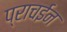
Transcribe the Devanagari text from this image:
प्राचईन